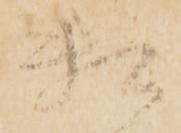
頼